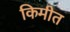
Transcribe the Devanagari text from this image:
किमीत